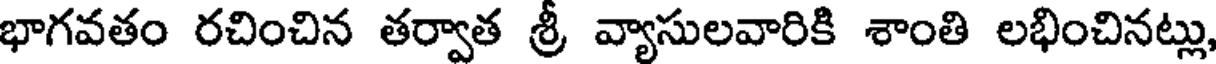
భాగవతం రచించిన తర్వాత శ్రీ వ్యాసులవారికి శాంతి లభించినట్లు,